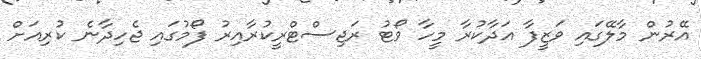
އޭރުން މާލޭގައި ވަޒީފާ އަދާކުރާ މީހާ ވޯޓު ރަޖިސްޓްރީކުރާއިރު ފޯމުގައި ޖެހިދާނެ ކުރިއަށް